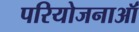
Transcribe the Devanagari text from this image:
परियोजनाऑं